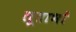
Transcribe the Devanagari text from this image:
लूताभों